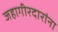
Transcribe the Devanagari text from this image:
जहागीरदारांना